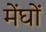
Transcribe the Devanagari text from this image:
मेंघों